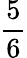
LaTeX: \frac{5}{6}